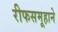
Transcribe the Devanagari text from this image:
रीफसमूहाने